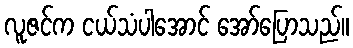
လူဇင်က ငယ်သံပါအောင် အော်ပြောသည်။